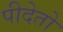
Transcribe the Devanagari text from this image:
पीदेतो